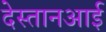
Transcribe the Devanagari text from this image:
देस्तानआई